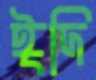
ঈদি